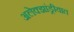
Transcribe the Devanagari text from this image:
अलेक्झांड्रीयात